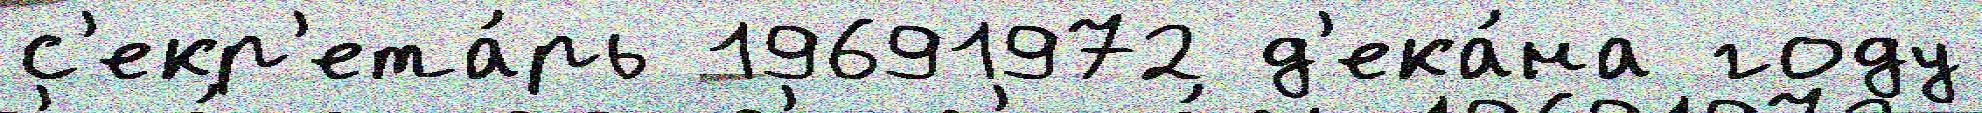
с'екр'ета́рь 19691972 д'ека́на году